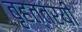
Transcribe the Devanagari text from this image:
बृहत्‌त्रयी